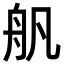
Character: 舤